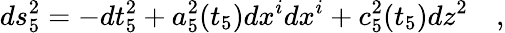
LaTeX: ds_{5}^{2}=-dt_{5}^{2}+a_{5}^{2}(t_{5})dx^{i}dx^{i}+c_{5}^{2}(t_{5})dz^{2}\quad,